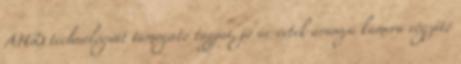
AHD technológiát támogató tagjai, jó ár-érték arányú kamera rögzítő